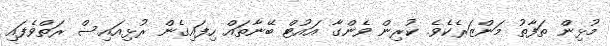
މުޅިން ތަފާތު މަންޒަރެކެވެ. ކުރިން ވެންގާ އައުޓް ބޭނާތައް ހިފައިގެން ރުޅިއައިސް ރަތްވެފައި